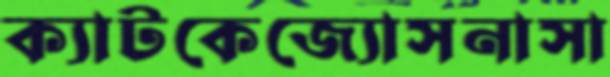
ক্যাটকেজ্যোসনাসা